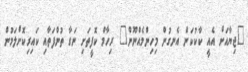
"ޖިޔާއަށް އެއީ ކާކުކަން އެނގުން މިހިންމެއްނޫން" ރިހާމް ކޮފީތަށި ނަގާ ތުންފަތާއި ކައިރިކޮށްލަމުން